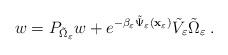
LaTeX: \begin{align*}w = P_{\tilde{\Omega}_{\varepsilon}} w + e^{-\beta_{\varepsilon} \tilde{\Psi}_{\varepsilon}(\mathbf{x}_{\varepsilon})} \tilde{V}_{\varepsilon} \tilde{\Omega}_{\varepsilon} \; .\end{align*}